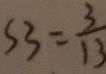
S 3 = \frac { 3 } { 1 3 }